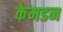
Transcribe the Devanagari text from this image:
केमडन